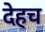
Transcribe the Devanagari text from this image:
देहच